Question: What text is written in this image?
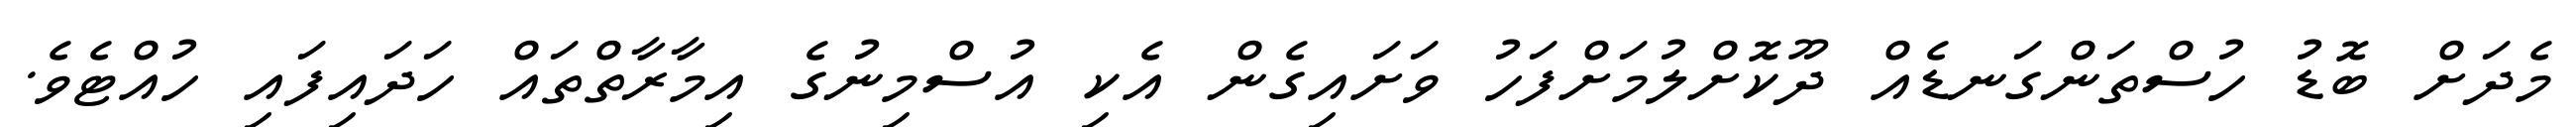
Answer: މެދަށް ބޮޑު ހުސްތަންގަނޑެއް ދޫކޮށްލުމަށްފަހު ވަށައިގެން އެކި އުސްމިނުގެ އިމާރާތްތައް ހަދައިފައި ހުއްޓެވެ.